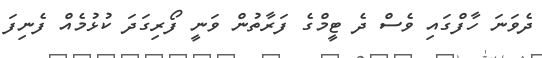
ދެވަނަ ހާފްގައި ވެސް ދެ ޓީމްގެ ފަރާތުން ވަނީ ފޯރިގަދަ ކުޅުމެއް ފެނިފަ